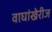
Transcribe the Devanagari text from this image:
वाघांखेरीज